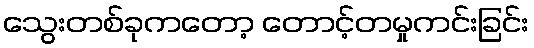
သွေးတစ်ခုကတော့ တောင့်တမှုကင်းခြင်း